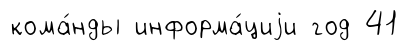
кома́нды информа́циjи год 41